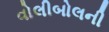
વોલીબોલની